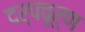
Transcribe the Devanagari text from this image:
दर्पचूर्ण